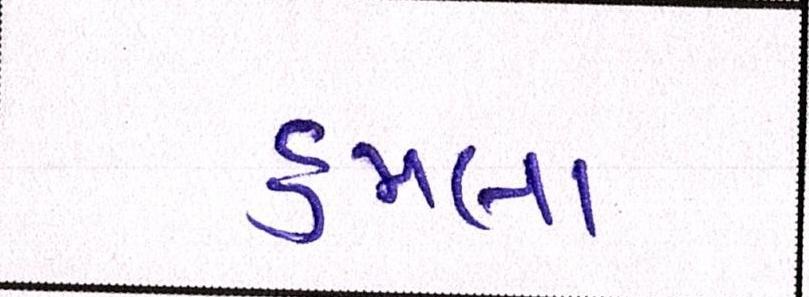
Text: હુમલા